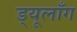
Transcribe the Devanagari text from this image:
ड्यूलाँग